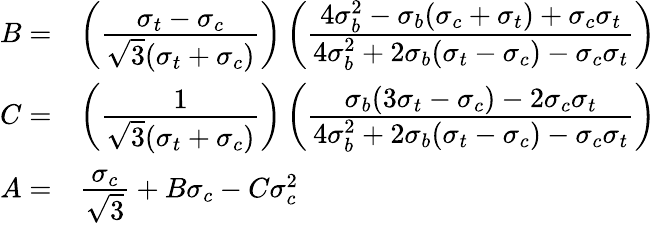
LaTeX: {\begin{array}{rl}{B=}&{\left({\cfrac{\sigma_{t}-\sigma_{c}}{{\sqrt{3}}(\sigma_{t}+\sigma_{c})}}\right)\left({\cfrac{4\sigma_{b}^{2}-\sigma_{b}(\sigma_{c}+\sigma_{t})+\sigma_{c}\sigma_{t}}{4\sigma_{b}^{2}+2\sigma_{b}(\sigma_{t}-\sigma_{c})-\sigma_{c}\sigma_{t}}}\right)}\\ {C=}&{\left({\cfrac{1}{{\sqrt{3}}(\sigma_{t}+\sigma_{c})}}\right)\left({\cfrac{\sigma_{b}(3\sigma_{t}-\sigma_{c})-2\sigma_{c}\sigma_{t}}{4\sigma_{b}^{2}+2\sigma_{b}(\sigma_{t}-\sigma_{c})-\sigma_{c}\sigma_{t}}}\right)}\\ {A=}&{{\cfrac{\sigma_{c}}{\sqrt{3}}}+B\sigma_{c}-C\sigma_{c}^{2}}\end{array}}